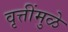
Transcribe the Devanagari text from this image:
वृत्तींमुळे